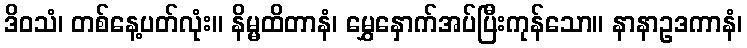
ဒိဝသံ၊ တစ်နေ့ပတ်လုံး။ နိမ္မထိတာနံ၊ မွှေနှောက်အပ်ပြီးကုန်သော။ နာနာဥဒကာနံ၊